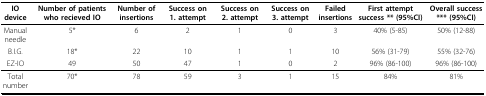
| IO device | Number of patients who recieved IO | Number of insertions | Success on1.attempt | Success on 2. attempt | Success on 3. attempt | Failed insertions | First attempt success ** (95%CI) | Overall success *** (95%CI) |
 | --- | --- | --- | --- | --- | --- | --- | --- | --- |
 | Manual needle | 5* | 6 | 2 | 1 | 0 | 3 | 40% (5-85) | 50% (12-88) |
 | B.I.G. | 18* | 22 | 10 | 1 | 1 | 10 | 56% (31-79) | 55% (32-76) |
 | EZ-IO | 49 | 50 | 47 | 1 | 0 | 2 | 96% (86-100) | 96% (86-100) |
 | Total number | 70* | 78 | 59 | 3 | 1 | 15 | 84% | 81% |